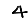
Digit: 4